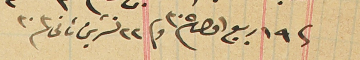
فى ١٩ ربيع اول ٣٠٥ وفى ٢٢ تشرين ثانى ٣٠٣